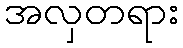
အလှတရား